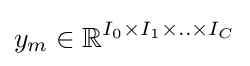
y_{m}\in \mathbb {R} ^{I_{0}\times I_{1}\times ..\times I_{C}}